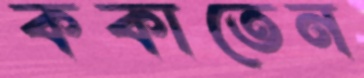
ককাতেন